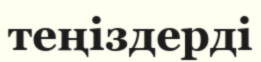
теңіздерді